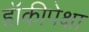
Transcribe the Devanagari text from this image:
हॉकीपेक्षा